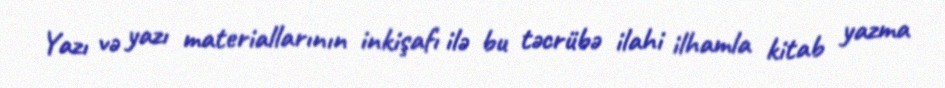
Yazı və yazı materiallarının inkişafı ilə bu təcrübə ilahi ilhamla kitab yazma